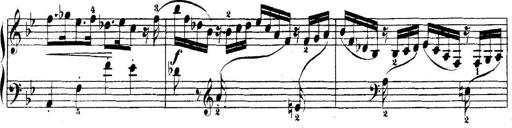
Title: 5 Sonatinas
Composer: Theodor Kirchner